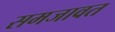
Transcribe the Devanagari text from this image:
समजावत